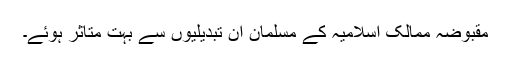
مقبوضہ ممالک اسلامیہ کے مسلمان ان تبدیلیوں سے بہت متاثر ہوئے۔